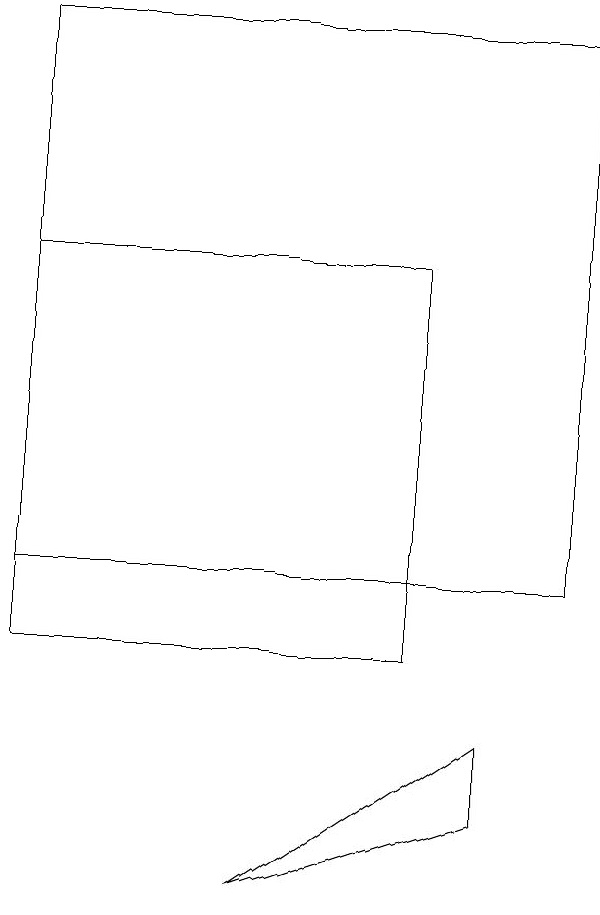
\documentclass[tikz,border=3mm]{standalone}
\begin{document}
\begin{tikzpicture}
\draw (0,15) rectangle (5,10);
\draw (6,8) -- (3,7) -- (6,9) -- cycle;
\draw (0,18) rectangle (7,11);
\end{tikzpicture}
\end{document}